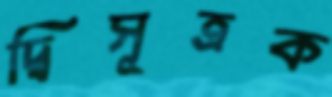
দ্বিসূত্রক